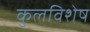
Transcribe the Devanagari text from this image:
कुलविशेष